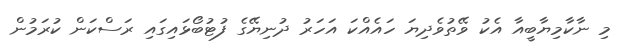
މި ނާކާމިޔާބީއާ އެކު ވޭތުވެދިޔަ ހައެއްކަ އަހަރު ދުނިޔޭގެ ފުޓުބޯޅައިގައި ރަސްކަން ކުރަމުން